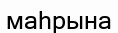
маһрына